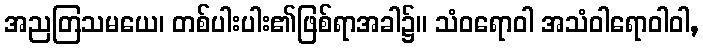
အညတြသမယေ၊ တစ်ပါးပါး၏ဖြစ်ရာအခါ၌။ သံဝရောဝါ အသံဝါရောဝါဝါ,